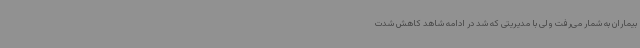
بیماران به شمار می‌رفت ولی با مدیریتی که شد در ادامه شاهد کاهش شدت